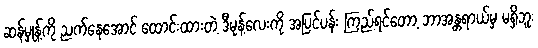
ဆန်မှုန့်ကို ညက်နေအောင် ထောင်းထားတဲ့ ဒီမုန့်လေးကို အပြင်ပန်း ကြည့်ရင်တော့ ဘာအန္တရာယ်မှ မရှိဘူး